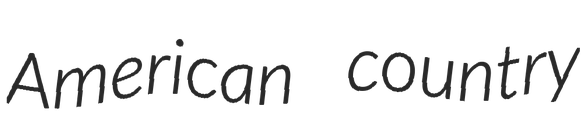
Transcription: American country